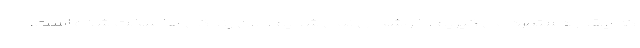
که چقدر دستمزد می گیریم، خوشحال نمی شدیم. الان زندگی ها سخت شده است.